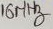
Text: 16MHz